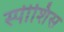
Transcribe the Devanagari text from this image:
स्पीशिस